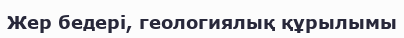
Жер бедері, геологиялық құрылымы